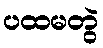
ပထမတွဲ